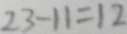
2 3 - 1 1 = 1 2